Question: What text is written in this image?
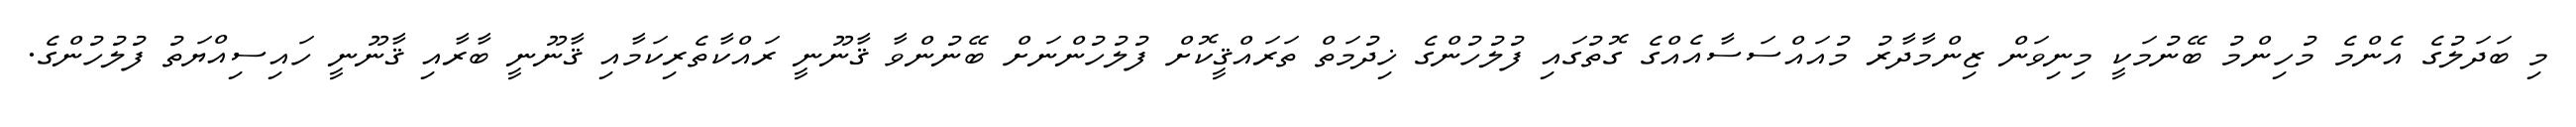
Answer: މި ބަދަލުގެ އެންމެ މުހިންމު ބޭނުމަކީ މިނިވަން ޒިންމާދާރު މުއައްސަސާއެއްގެ ގޮތުގައި ފުލުހުންގެ ޚިދުމަތް ތަރައްޤީކޮށް ފުލުހުންނަށް ބޭނުންވާ ޤާނޫނީ ރައްކާތެރިކަމާއި ޤާނޫނީ ބާރާއި ޤާނޫނީ ހައިސިއްޔަތު ފުލުހުންގެ.